Plague in India, 1896, 1897 - Volume 3
Year: 1896
Disease focus: Plague
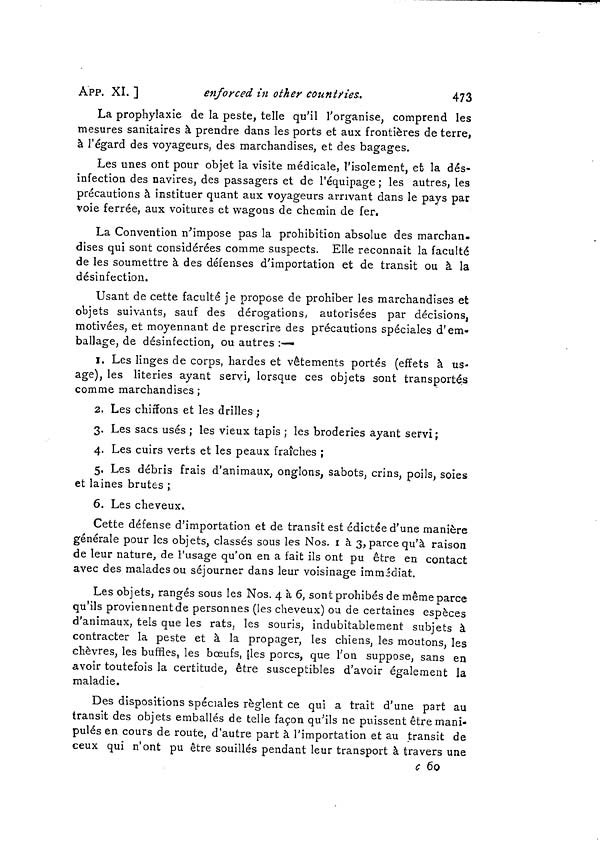
APP. XI. ]
enforced in other countries.
473
La prophylaxie de la peste, telle qu'il l'organise, comprend les
mesures sanitaires à prendre dans les ports et aux frontières de terre,
à l'égard des voyageurs, des marchandises, et des bagages.
Les unes ont pour objet la visite médicale, l'isolement, et la dés-
infection des navires, des passagers et de l'équipage ; les autres, les
précautions à instituer quant aux voyageurs arrivant dans le pays par
voie ferrée, aux voitures et wagons de chemin de fer.
La Convention n'impose pas la prohibition absolue des marchan-
dises qui sont considérées comme suspects. Elle reconnait la faculté
de les soumettre à des défenses d'importation et de transit ou à la
désinfection.
Usant de cette faculté je propose de prohiber les marchandises et
objets suivants, sauf des dérogations, autorisées par décisions,
motivées, et moyennant de prescrire des précautions spéciales d'em-
ballage, de désinfection, ou autres :—
1. Les linges de corps, hardes et vêtements portés (effets à us-
age), les literies ayant servi, lorsque ces objets sont transportés
comme marchandises ;
2. Les chiffons et les drilles ;
3. Les sacs usés ; les vieux tapis ; les broderies ayant servi;
4. Les cuirs verts et les peaux fraîches ;
5. Les débris frais d'animaux, onglons, sabots, crins, poils, soies
et laines brutes ;
6. Les cheveux.
Cette défense d'importation et de transit est édictée d'une manière
générale pour les objets, classés sous les Nos. 1 à 3, parce qu'à raison
de leur nature, de l'usage qu'on en a fait ils ont pu être en contact
avec des malades ou séjourner dans leur voisinage immédiat.
Les objets, rangés sous les Nos. 4 à 6, sont prohibés de même parce
qu'ils proviennent de personnes (les cheveux) ou de certaines espèces
d'animaux, tels que les rats, les souris, indubitablement subjets à
contracter la peste et à la propager, les chiens, les moutons, les
chèvres, les buffles, les boeufs, les porcs, que l'on suppose, sans en
avoir toutefois la certitude, être susceptibles d'avoir également la
maladie.
Des dispositions spéciales règlent ce qui a trait d'une part au
transit des objets emballés de telle façon qu'ils ne puissent être mani-
pulés en cours de route, d'autre part à l'importation et au transit de
ceux qui n'ont pu être souillés pendant leur transport à travers une
c 60